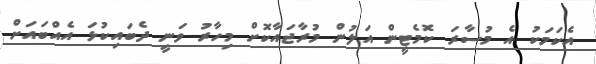
އެކަމަކު އެ މުސާރަ ކޮމެޓީން އަލުން މުރާޖައާކޮށް މިހާރު ވަނީ ދެބައިކުޅަ އެއްބައަށް